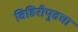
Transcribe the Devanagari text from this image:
विहिरीपुढचा